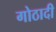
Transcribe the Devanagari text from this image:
गोठादी